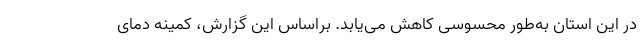
در این استان به‌طور محسوسی کاهش می‌یابد. براساس این گزارش، کمینه دمای